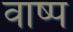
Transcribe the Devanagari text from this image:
वाष्‍प